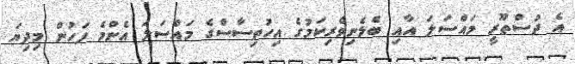
އެ ދުސްތޫރީ މައްސަލަ އާއި ބެލެނިވެރިކަމުގެ އިހުތިސާސްގެ މައްސަލަ އެންމެ ފަހުން މިދިޔަ